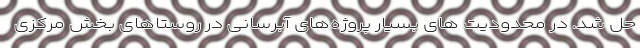
حل شد. در محدودیت های بسیار پروژه‌های آبرسانی در روستاهای بخش مرکزی